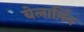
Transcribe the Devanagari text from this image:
बेलार्मिन